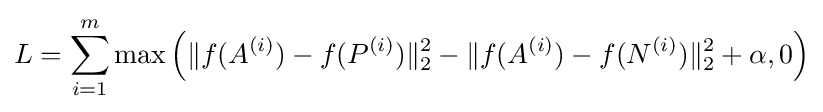
L=\sum _{i=1}^{m}\max {\Big (}\Vert f(A^{(i)})-f(P^{(i)})\Vert _{2}^{2}-\Vert f(A^{(i)})-f(N^{(i)})\Vert _{2}^{2}+\alpha ,0{\Big )}